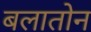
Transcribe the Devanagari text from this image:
बलातोन